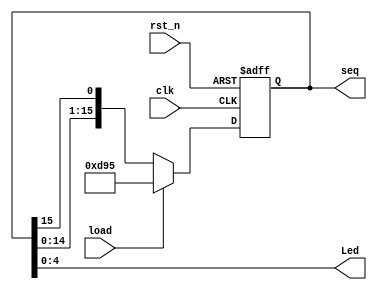
// Sequence Serial Code Generation
module sscg(
	input clk,
	input rst_n,
	input load,
	
	output reg [15:0] seq,
	output wire [4:0] Led 
	);
	
	// wire
	// reg
	// parameter
	parameter [15:0] seq_pre =  16'b0000_1101_1001_0101;
	// parameter [4:0] seq_dec = 5'b10110;
	
	// Shift register
	always@(posedge clk, negedge rst_n) begin
		if(!rst_n) seq <= 0;
		else if(load) seq <= seq_pre;
		else begin
			seq <= {seq[14:0],seq[15]};
		end
	end
		
	assign Led = seq[4:0];

endmodule